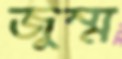
জুম্ম